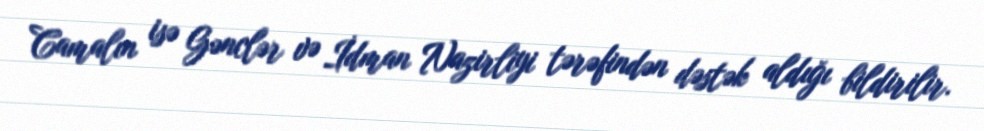
Camalın isə Gənclər və İdman Nazirliyi tərəfindən dəstək aldığı bildirilir.